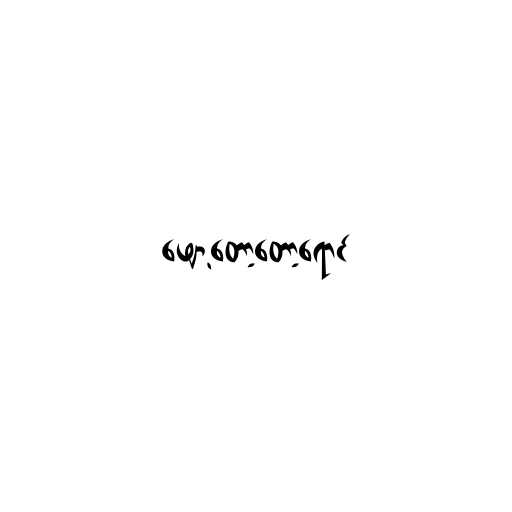
ဖျော့တော့တော့ရောင်